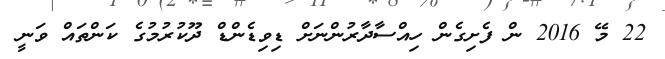
22 މޭ 2016 ން ފެށިގެން ހިއްސާދާރުންނަށް ޑިވިޑެންޑް ދޫކުރުމުގެ ކަންތައް ވަނީ